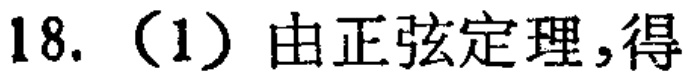
18.（1）由正弦定理，得